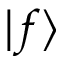
| f \rangle